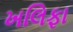
ખલિફા